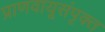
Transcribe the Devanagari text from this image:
प्राणवायूसंपृक्त